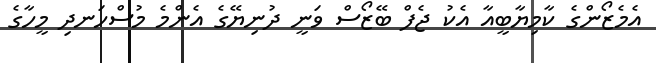
އެމެޒޯންގެ ކާމިޔާބީއާ އެކު ޖެފް ބޭޒޯސް ވަނީ ދުނިޔޭގެ އެންމެ މުސްހަނދި މީހާގެ